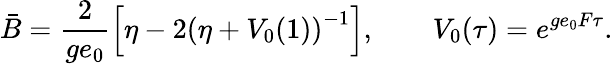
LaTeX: \bar{B}=\frac{2}{ge_{0}}\left[\eta-2\left(\eta+V_{0}(1)\right)^{-1}\right],\qquad V_{0}(\tau)=e^{ge_{0}F\tau}.